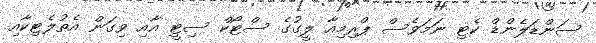
ސަންޑަލެންޑް ކެޓި ނަމަވެސް ޕްރިމިއާ ލީގުގެ ސްޓޯކް ސިޓީ އާއި ވިގަން އެތުލެޓިކާއި